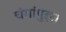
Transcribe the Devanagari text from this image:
चंगांपुझा